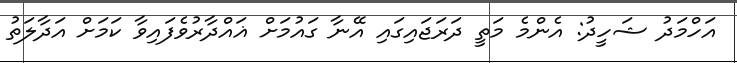
އަހްމަދު ޝަހީދު: އެންމެ މަތީ ދަރަޖައިގައި އޭނާ ގައުމަށް ޣައްދާރުވެފައިވާ ކަމަށް އަދާލަތު